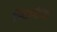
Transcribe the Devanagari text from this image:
हिरानीच्या